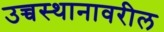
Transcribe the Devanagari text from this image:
उच्चस्थानावरील